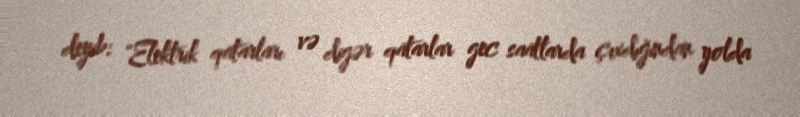
deyib: "Elektrik qatarları və digər qatarlar gec saatlarda çıxdığından yolda